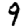
Digit: 9